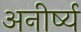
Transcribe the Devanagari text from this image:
अनीर्ष्य